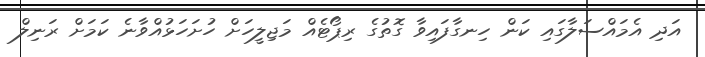
އަދި އެމައްސަލާގައި ކަން ހިނގާފައިވާ ގޮތުގެ ރިޕޯޓެއް މަޖިލީހަށް ހުށަހަޅުއްވާނެ ކަމަށް ރަނިލް